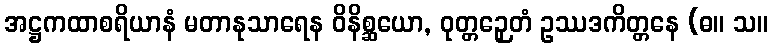
အဋ္ဌကထာစရိယာနံ မတာနုသာရေန ဝိနိစ္ဆယော, ဝုတ္တဉှေတံ ဥဿဒကိတ္တနေ (ဓ။ သ။